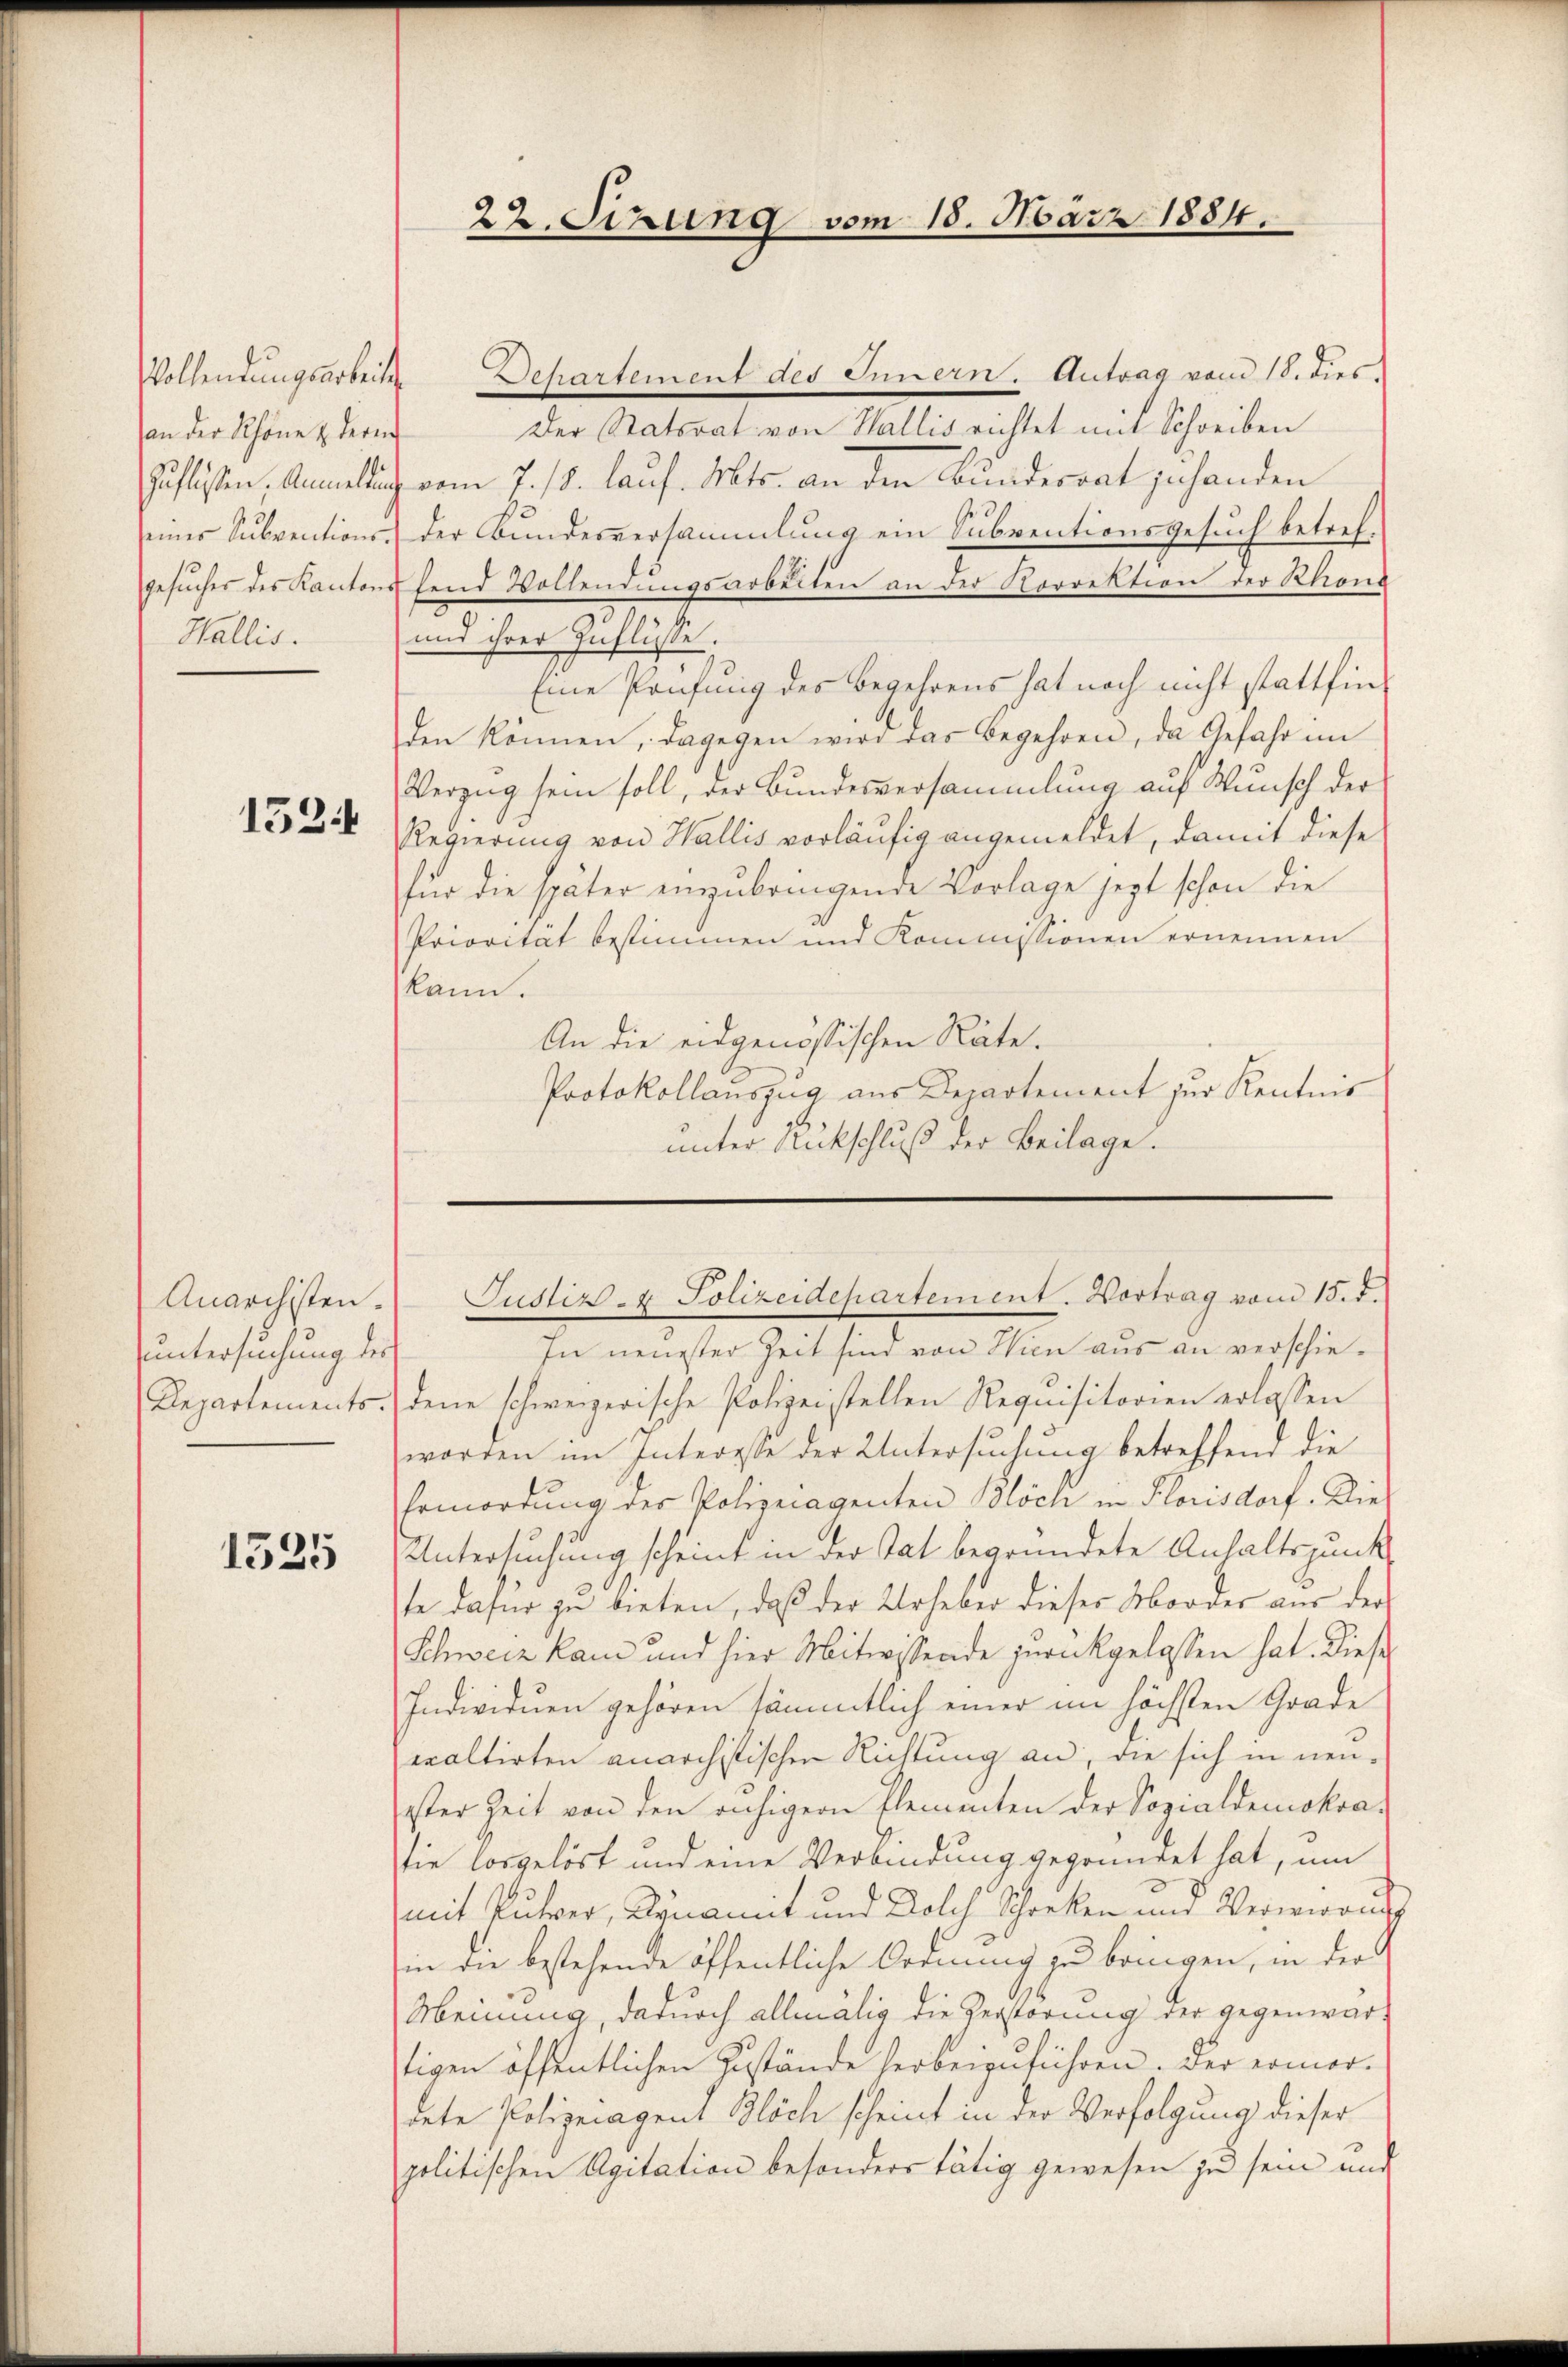
an der Schöne & deren
Wallis.

1524

Anarchisten.
untersuchung des
Departements.

1525

22. Sizung vom 18. März 1884.

Justiz- & Polizeidepartement. Vortrag vom 15. d.

Vollendungsarbeiten Departement des Innern. Antrag vom 18. dies
Der Statsrat von Wallis richtet mit Schreiben
Zuflissen. Anmeldung vom 7. 18. lauf. Mts. an den Bunderrat zu handen
eines Subventions- der Bunderversammlung ein Subventionsgesuch betrefgesucher des Kantons fend Vollendungsarbeiten an der Perrektion der Rhons
und ihrer Zuflüsse.
Eine Prüfung des Begehrens hat noch nicht stattfinden können, dagegen wird das Begehren, da Gefahr im
Verzug sein soll, der Bundesversammlung auf Wunsch der
Regierung von Wallis vorläufig angemeldet, damit diese
für die später einzubringende Vorlage jezt schon die
Priorität bestimmen und Kommissionen ernennen
kann.
An die eidgenössischen Räte.
Protokollauszug aus Departement zur Kenntnis
unter Rückschluß der Beilage.

In neuester Zeit sind von Wien aus an verschiedene schweizerische Polizeistellen Requisitorien erlassen
worden im Interesse der Untersuchung betreffend die
Ermordung der Polizeiagenten Blöch in Florisdorf. Die
Untersuchung scheint in der Tat begründete Anhaltspunkte dafür zu bieten, daß der Urheber dieser Mordes aus der
Schweiz kam und hier Mitwissende zurückgelassen hat. Diese
Individuen gehören sämmtlich einer im höchsten Grade
ecaltirten anarchistischen Richtung an, die sich in neuister Zeit von den ruhigern Elementen der Sozialdemokra-
tie losgelöst und eine Verbindung gegründet hat, um
mit Pulver, Kynamit und Dolch Schrecken und Verwandes
in die bestehende öffentliche Ordnung zu bringen, in der
Meinung, dadurch allmälig die Zerstörung der gegenwärtigen öffentlichen Zustände herbeizuführen. Der ermordete Polizeiagent Blöch scheint in der Verfolgung dieser
politischen Agitation besonders tätig gewesen zu sein und